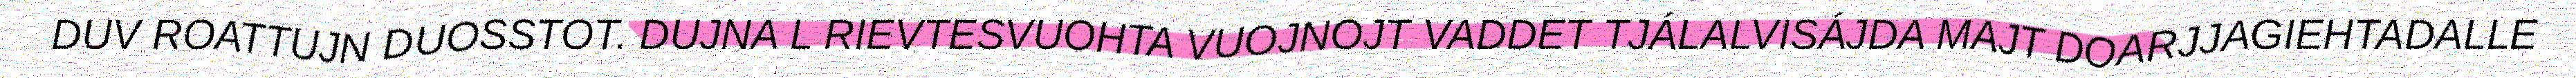
DUV ROATTUJN DUOSSTOT. DUJNA L RIEVTESVUOHTA VUOJNOJT VADDET TJÁLALVISÁJDA MAJT DOARJJAGIEHTADALLE